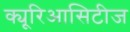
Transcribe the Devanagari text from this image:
क्यूरिआसिटीज